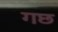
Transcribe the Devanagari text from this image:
गछ